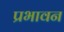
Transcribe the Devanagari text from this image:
प्रभावन